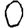
Digit: 0